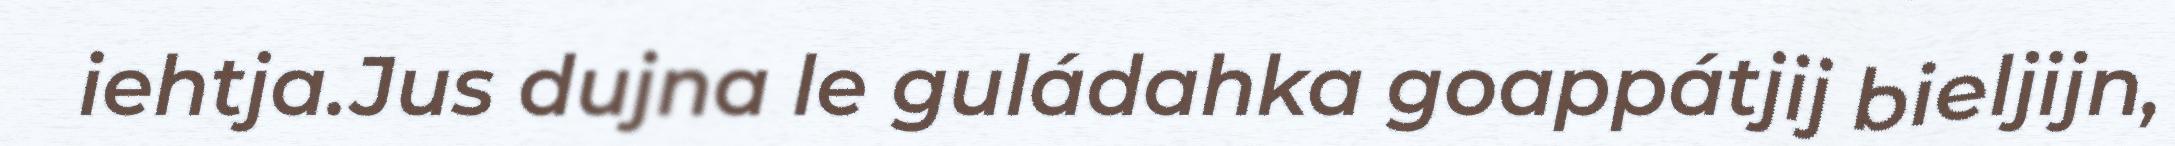
iehtja.Jus dujna le guládahka goappátjij bieljijn,